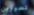
تسيرين